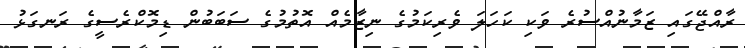
ރާއްޖޭގައި ޒަމާނުއްސުރެ ވަކި ކަހަލަ ވެރިކަމުގެ ނިޒާމެއް އޮތުމުގެ ސަބަބުން ޑިމޮކްރެސީގެ ރަނގަޅު